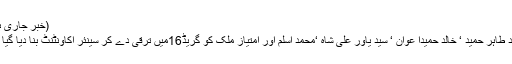
(خبر جاری ہے)
محمد طاہر حمید ‘ خالد حمیدا عوان ‘ سید یاور علی شاہ ‘محمد اسلم اور امتیاز ملک کو گریڈ16میں ترقی دے کر سینئر اکاونٹنٹ بنا دیا گیا ہے۔